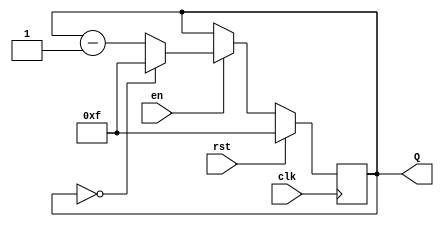
module binary_down_counter (
    input wire clk,         // Clock signal
    input wire rst,         // Reset signal (active-high)
    input wire en,          // Enable signal
    output reg [N-1:0] Q    // Count output (N-bit wide)
);

parameter N = 4; // Bit width of the counter
parameter MAX_VALUE = (1 << N) - 1; // Maximum count value (2^N - 1)

// Synchronous reset and counting logic
always @(posedge clk) begin
    if (rst) begin
        Q <= MAX_VALUE; // Reset to maximum value
    end else if (en) begin
        if (Q == 0) begin
            Q <= MAX_VALUE; // Wrap around to maximum value
        end else begin
            Q <= Q - 1; // Decrement count
        end
    end
end

endmodule